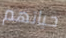
حياتهم